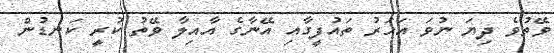
ވޭތުވެ ދިޔަ ނުވަ އަހަރު ތައުފީގާއި އޭނާގެ އާއިލާ ވޭތު ކުރީ ކަނޑުން